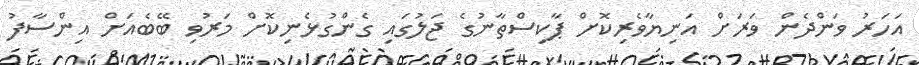
އަހަރު ވަންދެން ވަރަށް އަނިޔާވެރިކޮށް ޕާކިސްތާނުގެ ޖަލުގައި ގެންގުޅެނިކޮށް މަރުވި ބޭބެއަށް އިންސާފު